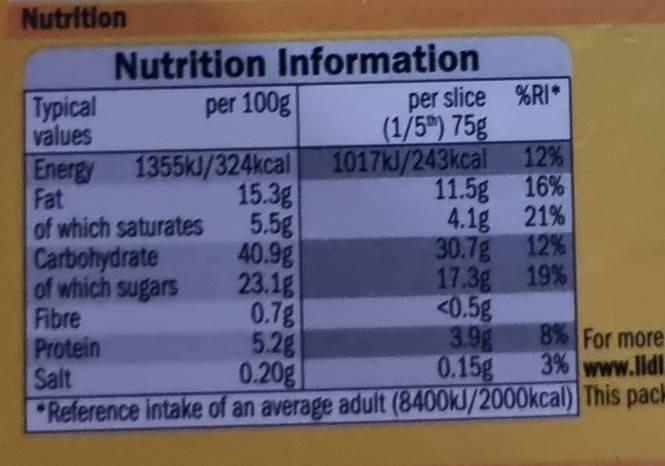
Nutrition
Nutrition Information per 100g
per slice %RI*
Typical values Energy Fat of which saturates Carbohydrate of which sugars Fibre Protein Salt
(1/5) 75g 12%
1355kJ/324kcal 15.3g 5.5g 40.9g 23.1g 0.7g 5.2g 0.20g Reference intake of an average adult (8400kJ/2000kcal) This pack
1017kl/243kcal 11.5g 16% 4.1g 21% 30.7g 12% 17.3g 19% <0.5g 3.9g 0.15g
8% For more 3% www.lldi